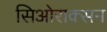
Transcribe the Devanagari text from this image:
सिओराक्सन